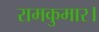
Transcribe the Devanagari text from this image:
रामकुमार।